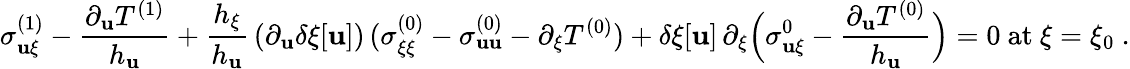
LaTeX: {\sigma_{\mathbf{u}\xi}^{(1)}-\frac{{\partial_{\mathbf{u}}T^{(1)}}}{{h_{\mathbf{u}}}}}+\frac{{h_{\xi}}}{{h_{\mathbf{u}}}}\, (\partial_{\mathbf{u}}\delta\xi[\mathbf{u}])\, (\sigma_{\xi\xi}^{(0)}-\sigma_{\mathbf{u}\mathbf{u}}^{(0)}-\partial_{\xi}T^{(0)})+\delta\xi[\mathbf{u}]\, \partial_{\xi}\Big(\sigma_{\mathbf{u}\xi}^{0}-\frac{{\partial_{\mathbf{u}}T^{(0)}}}{{h_{\mathbf{u}}}}\Big)=0\mathrm{{~at~}}\xi=\xi_{0}\ .